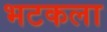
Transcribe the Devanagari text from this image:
भटकला